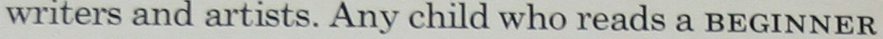
writers and artists. Any child who reads a BEGINNER